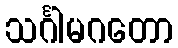
သင်္ဂါမဂတော